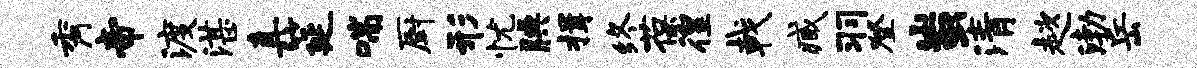
秀帝渡湛真筵喘厨形忧腆揖终葆徨戟臧羽登蚩清趑渤岳